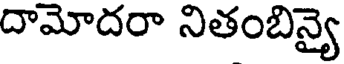
దామోదరా నితంబిన్యై